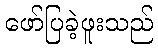
ဖော်ပြခဲ့ဖူးသည်